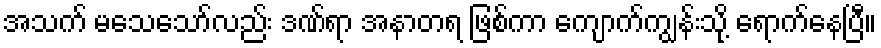
အသက် မသေသော်လည်း ဒဏ်ရာ အနာတရ ဖြစ်ကာ ကျောက်ကျွန်းသို့ ရောက်နေပြီ။